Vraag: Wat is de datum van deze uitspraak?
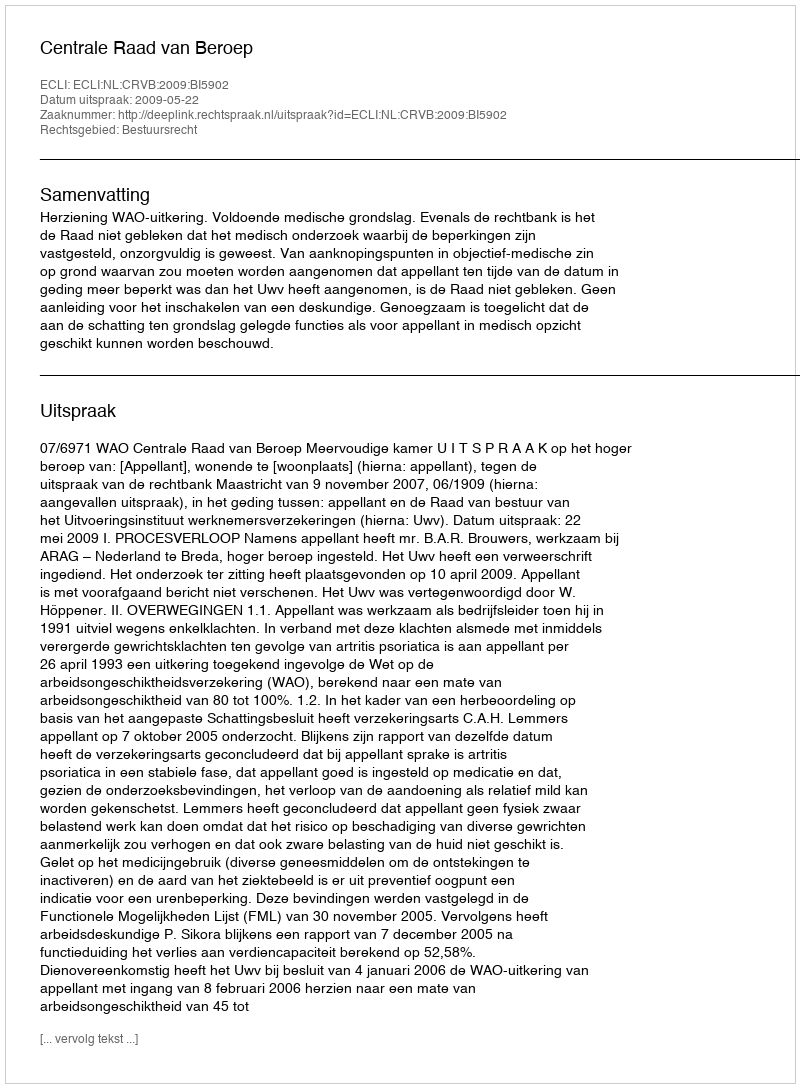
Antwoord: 2009-05-22